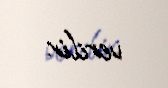
verilir.